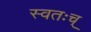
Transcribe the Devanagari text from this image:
स्वतःच्